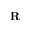
{ \bf R }